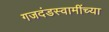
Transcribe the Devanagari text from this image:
गजदंडस्वामींच्या